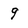
Character: 9